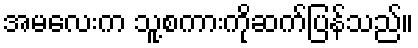
အမလေးက သူ့စကားကိုဆက်ပြန်သည်။